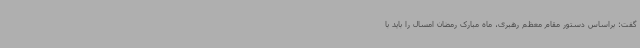
گفت: براساس دستور مقام معظم رهبری، ماه مبارک رمضان امسال را باید با